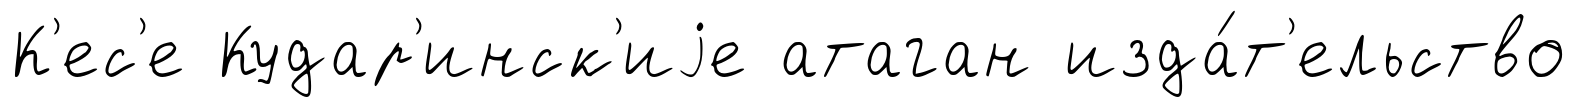
К'ес'е Кудар'инск'иjе атаган изда́т'ельство